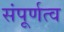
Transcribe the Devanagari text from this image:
संपूर्णत्व